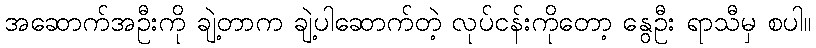
အဆောက်အဦးကို ချဲ့တာက ချဲ့ပါဆောက်တဲ့ လုပ်ငန်းကိုတော့ နွေဦး ရာသီမှ စပါ။